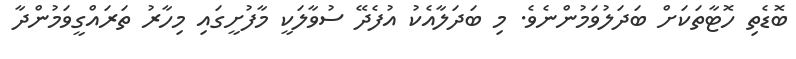
ބޮޑެތި ހޮޓާތަކަށް ބަދަލުވަމުންނެވެ. މި ބަދަލާއެކު އުފެދޭ ސުވާލަކީ މާފުށީގައި މިހާރު ތަރައްގީވަމުންދާ